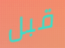
قبل